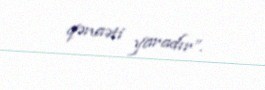
qənaəti yaradır”.